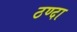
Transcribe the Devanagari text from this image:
ठण्दा